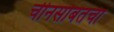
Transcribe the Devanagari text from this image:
चीनसोबतचा